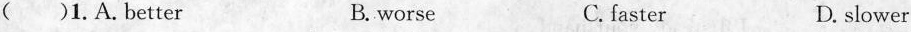
( )1.A.Better B. worse C. faster D. slower